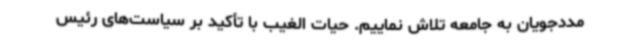
مددجویان به جامعه تلاش نماییم. حیات الغیب با تأکید بر سیاست‌های رئیس